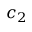
c _ { 2 }